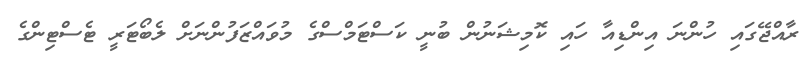
ރާއްޖޭގައި ހުންނަ އިންޑިއާ ހައި ކޮމިޝަނުން ބުނީ ކަސްޓަމްސްގެ މުވައްޒަފުންނަށް ލެބޯޓަރީ ޓެސްޓިންގެ